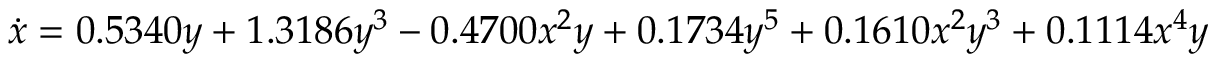
\dot { x } = 0 . 5 3 4 0 y + 1 . 3 1 8 6 y ^ { 3 } - 0 . 4 7 0 0 x ^ { 2 } y + 0 . 1 7 3 4 y ^ { 5 } + 0 . 1 6 1 0 x ^ { 2 } y ^ { 3 } + 0 . 1 1 1 4 x ^ { 4 } y